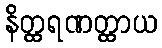
နိတ္ထရဏတ္ထာယ